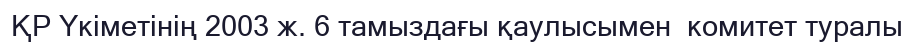
ҚР Үкіметінің 2003 ж. 6 тамыздағы қаулысымен  комитет туралы